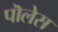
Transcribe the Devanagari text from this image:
पॊलेस